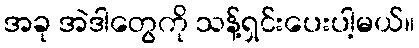
အခု အဲဒါတွေကို သန့်ရှင်းပေးပါ့မယ်။